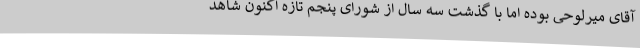
آقای میرلوحی بوده اما با گذشت سه سال از شورای پنجم تازه اکنون شاهد